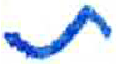
אות: ת